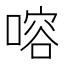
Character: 𠹍